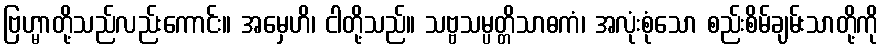
ဗြဟ္မာတို့သည်လည်းကောင်း။ အမှေဟိ၊ ငါတို့သည်။ သဗ္ဗသမ္ပတ္တိသာဓကံ၊ အလုံးစုံသော စည်းစိမ်ချမ်းသာတို့ကို